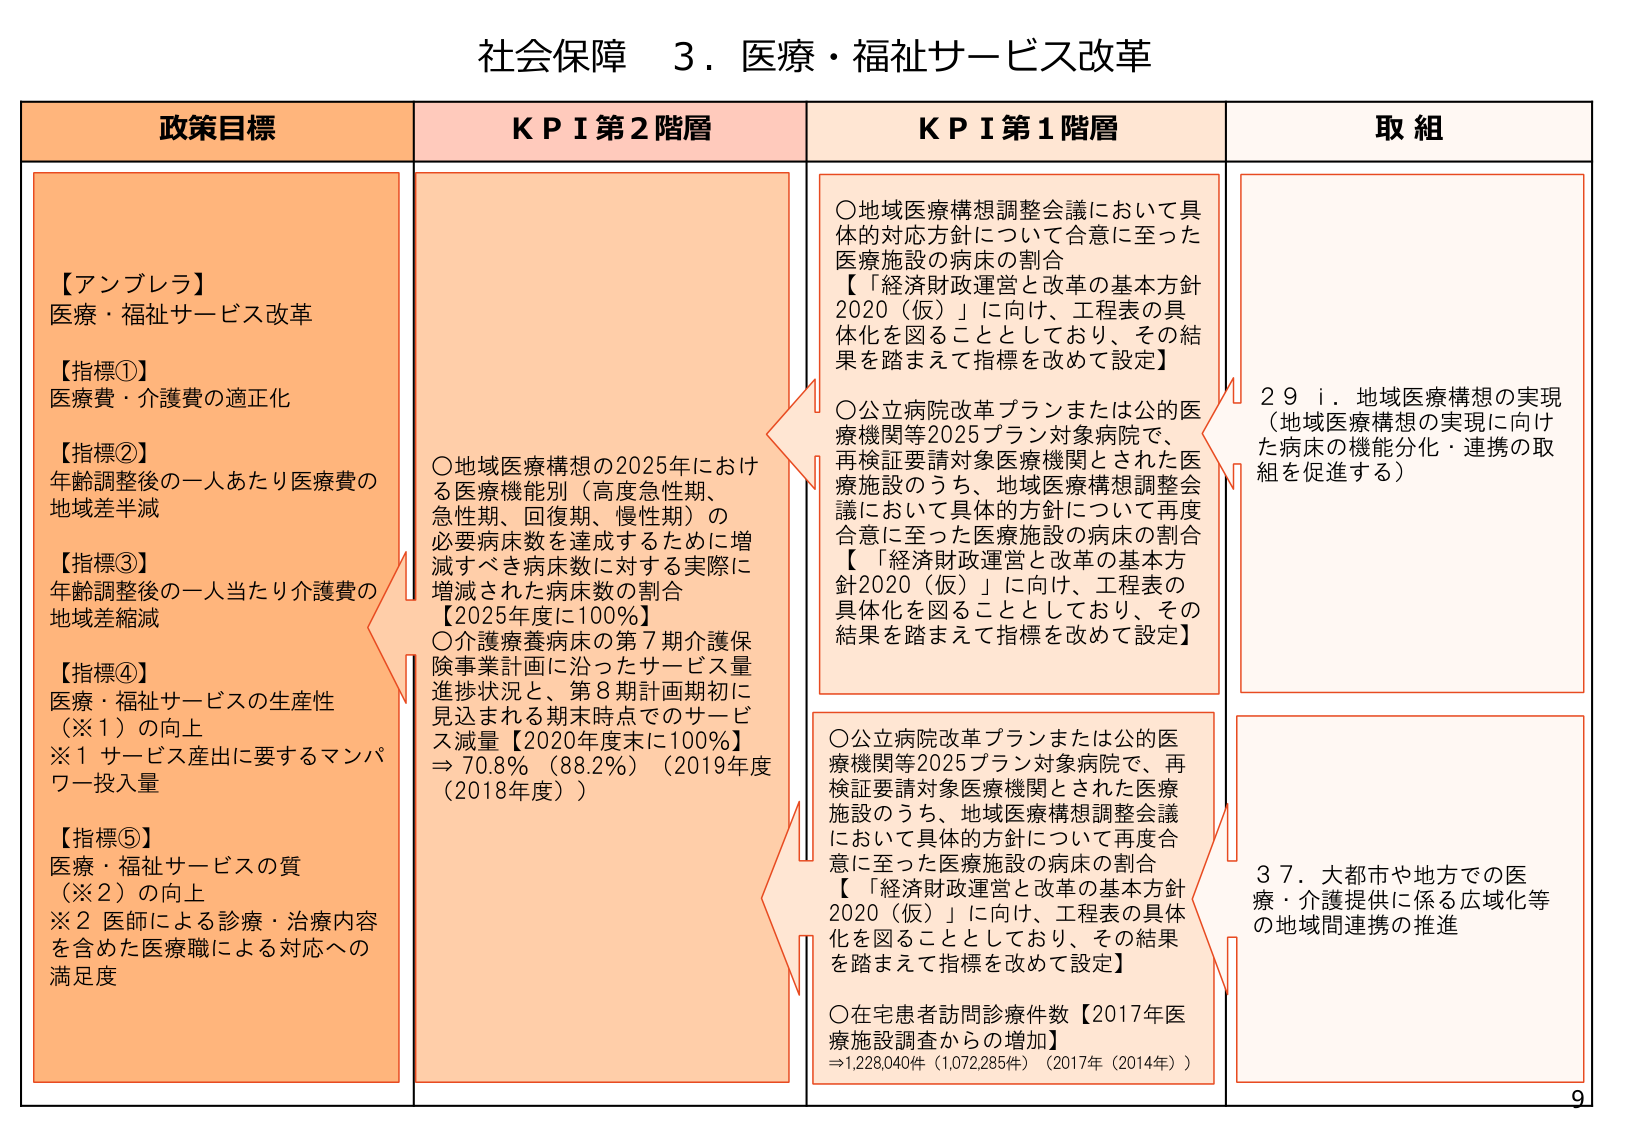
社会保障 ３．医療・福祉サービス改革

政策目標
【アンブレラ】
医療・福祉サービス改革
【指標①】
医療費・介護費の適正化
【指標②】
年齢調整後の一人あたり医療費の
地域差半減
【指標③】
年齢調整後の一人当たり介護費の
地域差縮減
【指標④】
医療・福祉サービスの生産性
（※１）の向上
※１ サービス産出に要するマンパ
ワー投入量
【指標⑤】
医療・福祉サービスの質
（※２）の向上
※２ 医師による診療・治療内容
を含めた医療職による対応への
満足度

ＫＰＩ第２階層
〇地域医療構想の2025年における
医療機能別（高度急性期、
急性期、回復期、慢性期）の
必要病床数を達成するために増
減すべき病床数に対する実際に
増減された病床数の割合
【2025年度に100％】
〇介護療養病床の第７期介護保
険事業計画に沿ったサービス量
進捗状況と、第８期計画期初に
見込まれる期末時点でのサービ
ス減量【2020年度末に100％】
⇒ 70.8％（88.2％）（2019年度
（2018年度））

ＫＰＩ第１階層
〇地域医療構想調整会議において具
体的対応方針について合意に至った
医療施設の病床の割合
【「経済財政運営と改革の基本方針
2020（仮）」に向け、工程表の具
体化を図ることとしており、その結
果を踏まえて指標を改めて設定】
〇公立病院改革プランまたは公的医
療機関等2025プラン対象病院で、
再検証要請対象医療機関とされた医
療施設のうち、地域医療構想調整会
議において具体的方針について再度
合意に至った医療施設の病床の割合
【「経済財政運営と改革の基本方針
2020（仮）」に向け、工程表の
具体化を図ることとしており、その
結果を踏まえて指標を改めて設定】
〇公立病院改革プランまたは公的医
療機関等2025プラン対象病院で、再
検証要請対象医療機関とされた医療
施設のうち、地域医療構想調整会議
において具体的方針について再度合
意に至った医療施設の病床の割合
【「経済財政運営と改革の基本方針
2020（仮）」に向け、工程表の具体
化を図ることとしており、その結果
を踏まえて指標を改めて設定】
〇在宅患者訪問診療件数【2017年医
療施設調査からの増加】
⇒1,228,040件（1,072,285件）（2017年（2014年））

取組
２９ ⅰ．地域医療構想の実現
（地域医療構想の実現に向け
た病床の機能分化・連携の取
組を促進する）
３７．大都市や地方での医
療・介護提供に係る広域化等
の地域間連携の推進

9